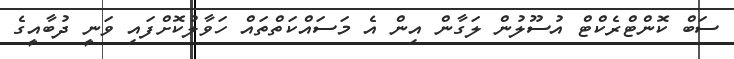
ސަބް ކޮންޓްރެކްޓް އުސޫލުން ލަގާން އިން އެ މަސައްކަތްތައް ހަވާލުކޮށްފައި ވަނީ ދުބާއީގެ